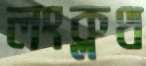
লংক্লথ